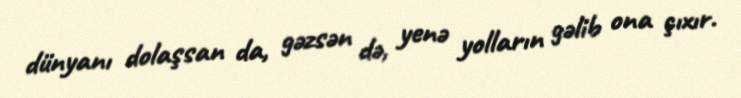
dünyanı dolaşsan da, gəzsən də, yenə yolların gəlib ona çıxır.